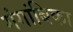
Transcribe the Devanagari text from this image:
गंगांबिका